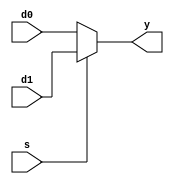
`timescale 1ns / 1ps
//////////////////////////////////////////////////////////////////////////////////
// Company: 
// Engineer: 
// 
// Design Name: 
// Module Name: mux2
// Project Name: 
// Target Devices: 
// Tool Versions: 
// Description: 
// 
// Dependencies: 
// 
// Revision:
// Revision 0.01 - File Created
// Additional Comments:
// 
//////////////////////////////////////////////////////////////////////////////////

module mux2 #(parameter WIDTH=8) (d0, d1, s, y);
  input [WIDTH-1:0] d0, d1;
  input s;
  output [WIDTH-1:0] y;
  assign y = s ? d1: d0;
endmodule